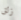
زلق